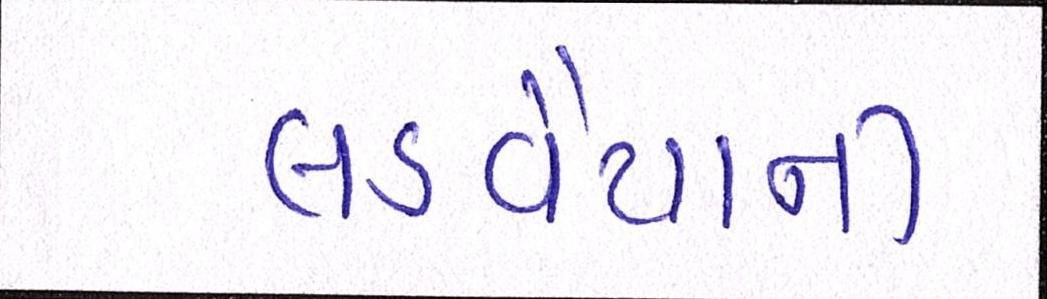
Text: લડવૈયાની